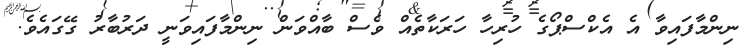
ނިންމާފައިވާ އެ އެކްސްޕޯގެ ހުރިހާ ހަރަކާތެއް ވެސް ބާއްވަން ނިންމާފައިވަނީ ދަރުބާރު ގޭގައެވެ.